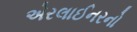
એરલાઈનરનો